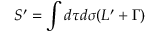
S ^ { \prime } = \int d \tau d \sigma ( { \cal L } ^ { \prime } + \Gamma )